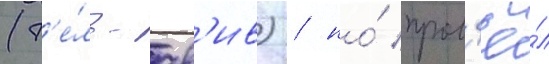
(т'е́ль-ав'ив) / но́ пров'ё́л